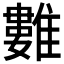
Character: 𩀮